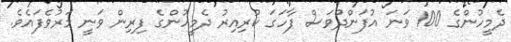
ދެމީހުންގެ 100 ވަނަ އުފަންދުވަސް ފާހަގަ ކުރިއިރު ދެމީހުންގެ ފިރިން ވަނީ މަރުވެފައެވެ.